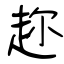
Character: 趂